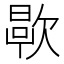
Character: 𬅯